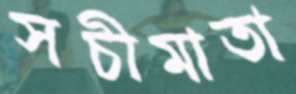
সচীমাতা